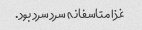
غذا متاسفانه سرد سرد بود.